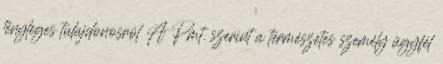
tényleges tulajdonosról A Pmt. szerint a természetes személy ügyfél